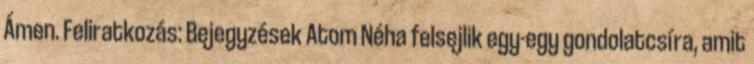
Ámen. Feliratkozás: Bejegyzések Atom Néha felsejlik egy-egy gondolatcsíra, amit